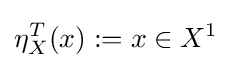
\eta _{X}^{T}(x):=x\in X^{1}